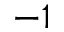
- 1